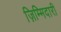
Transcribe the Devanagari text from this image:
ज़िम्मिदारी